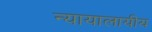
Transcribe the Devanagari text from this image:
न्यायालायीय